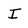
Character: I